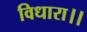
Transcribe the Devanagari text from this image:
विधारा।।